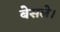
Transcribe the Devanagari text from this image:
बेसले।